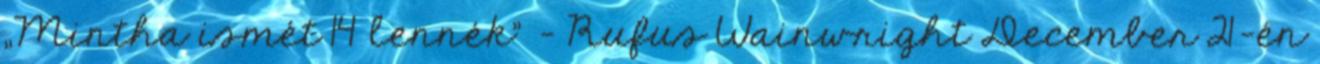
„Mintha ismét 14 lennék” - Rufus Wainwright December 21-én